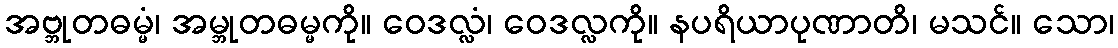
အဗ္ဘုတဓမ္မံ၊ အမ္ဘုတဓမ္မကို။ ဝေဒလ္လံ၊ ဝေဒလ္လကို။ နပရိယာပုဏာတိ၊ မသင်။ သော၊